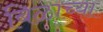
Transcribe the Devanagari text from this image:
बिळाच्या